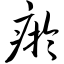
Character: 瘀